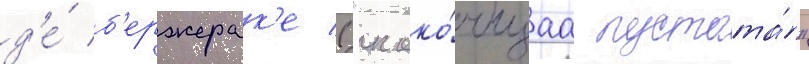
д'е́ б'ержерак'е ("клоко́чущаа пустота́"